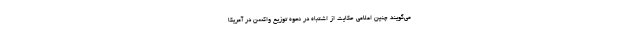
می‌گویند چنین اعلامی حکایت از اشتباه در نحوه توزیع واکسن در آمریکا